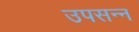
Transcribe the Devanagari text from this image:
उपसन्न